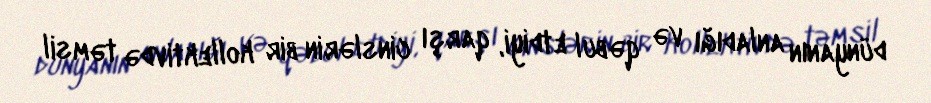
dünyanın anladığı və qəbul etdiyi, qarşı cinslərin bir kollektivdə təmsil